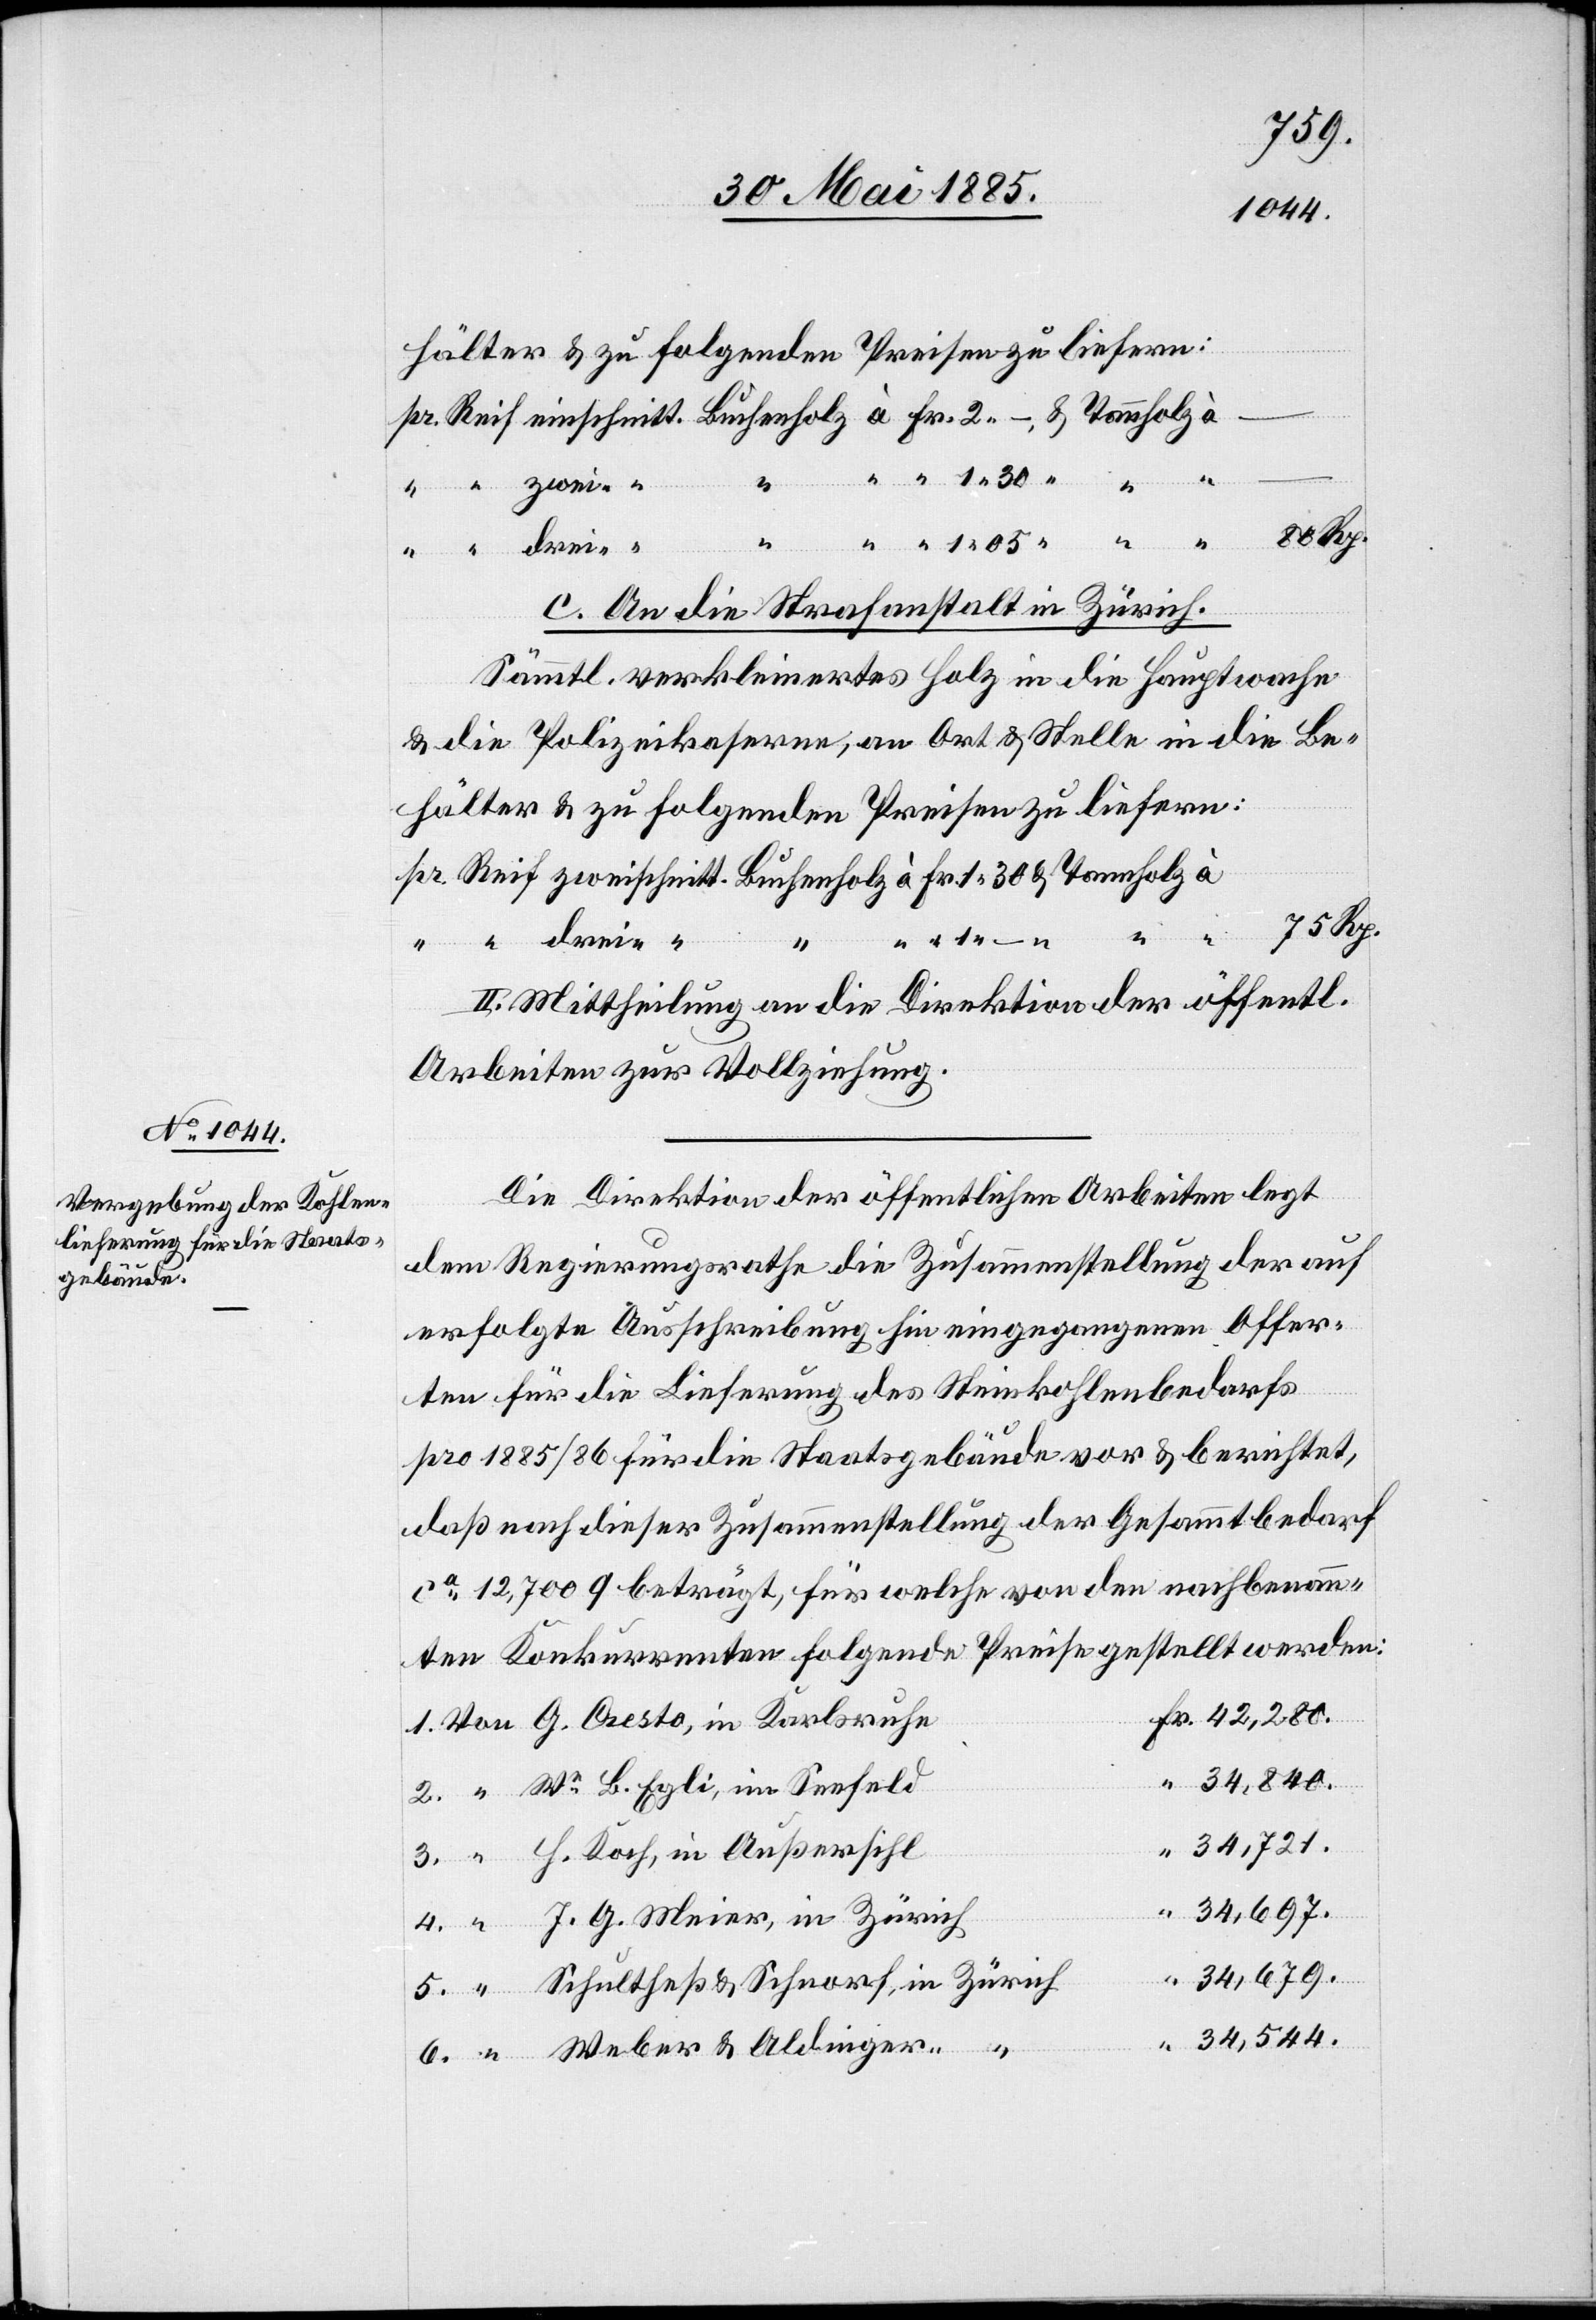
Schultheß
Aldinger
c. An die Strafanstalt in Zürich.
Sämmtl. verkleinertes Holz in die Hauptwache
& die Polizeikaserne, an Ort & Stelle in die Be¬
hälter & zu folgenden Preisen zu liefern:
G.
4.
II. Mittheilung an die Direktion der öffentl.
Arbeiten zur Vollziehung.
Die Direktion der öffentlichen Arbeiten legt
dem Regierungsrathe die Zusammenstellung der auf
erfolgte Ausschreibung hin eingegangenen Offer¬
ten für die Lieferung des Steinkohlenbedarfs
pro 1885/86 für die Staatsgebäude vor & berichtet,
daß nach dieser Zusammenstellung der Gesammtbedarf
ca 12,700 q beträgt, für welche von den nachbenann¬
ten Konkurrenten folgende Preise gestellt werden:
34,721.
6.
34,679.
34,544.